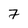
Character: 7